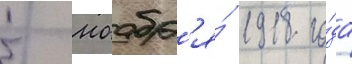
5 ноабр'я́ 1918 го́да